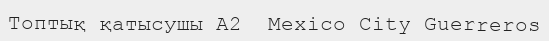
Топтық қатысушы A2  Mexico City Guerreros